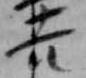
吉